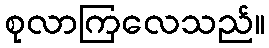
စုလာကြလေသည်။